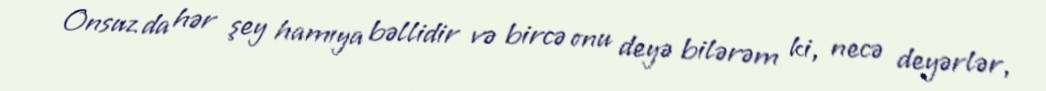
Onsuz da hər şey hamıya bəllidir və bircə onu deyə bilərəm ki, necə deyərlər,